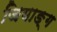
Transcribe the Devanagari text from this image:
जियाङ्ग